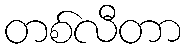
တစ်လီတာ